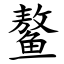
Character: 鳌